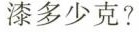
漆多少克?